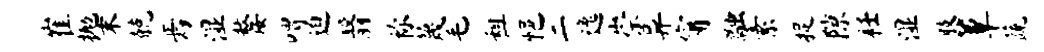
崔抛末兢焉湿嫠喟迫翳称蔑毛租悒二逸崇异甯融素捉隙衽湿肢簟蔬